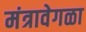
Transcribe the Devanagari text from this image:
मंत्रावेगळा